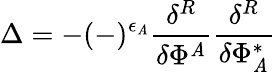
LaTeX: \Delta=-(-)^{\epsilon_{\mathit{A}}}\frac{{\delta^{R}}}{{\delta\Phi^{\mathit{A}}}}\frac{{\delta^{R}}}{{\delta\Phi_{\mathit{A}}^{*}}}